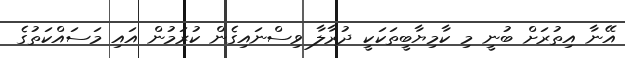
އޭނާ އިތުރަށް ބުނީ މި ކާމިޔާބީތަކަކީ ދުރާލާ ވިސްނައިގެން ކުރަމުން އައި މަސައްކަތުގެ